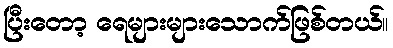
ပြီးတော့ ရေများများသောက်ဖြစ်တယ်။